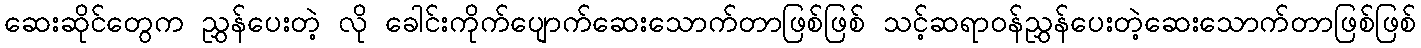
ဆေးဆိုင်တွေက ညွှန်ပေးတဲ့ လို ခေါင်းကိုက်ပျောက်ဆေးသောက်တာဖြစ်ဖြစ် သင့်ဆရာဝန်ညွှန်ပေးတဲ့ဆေးသောက်တာဖြစ်ဖြစ်